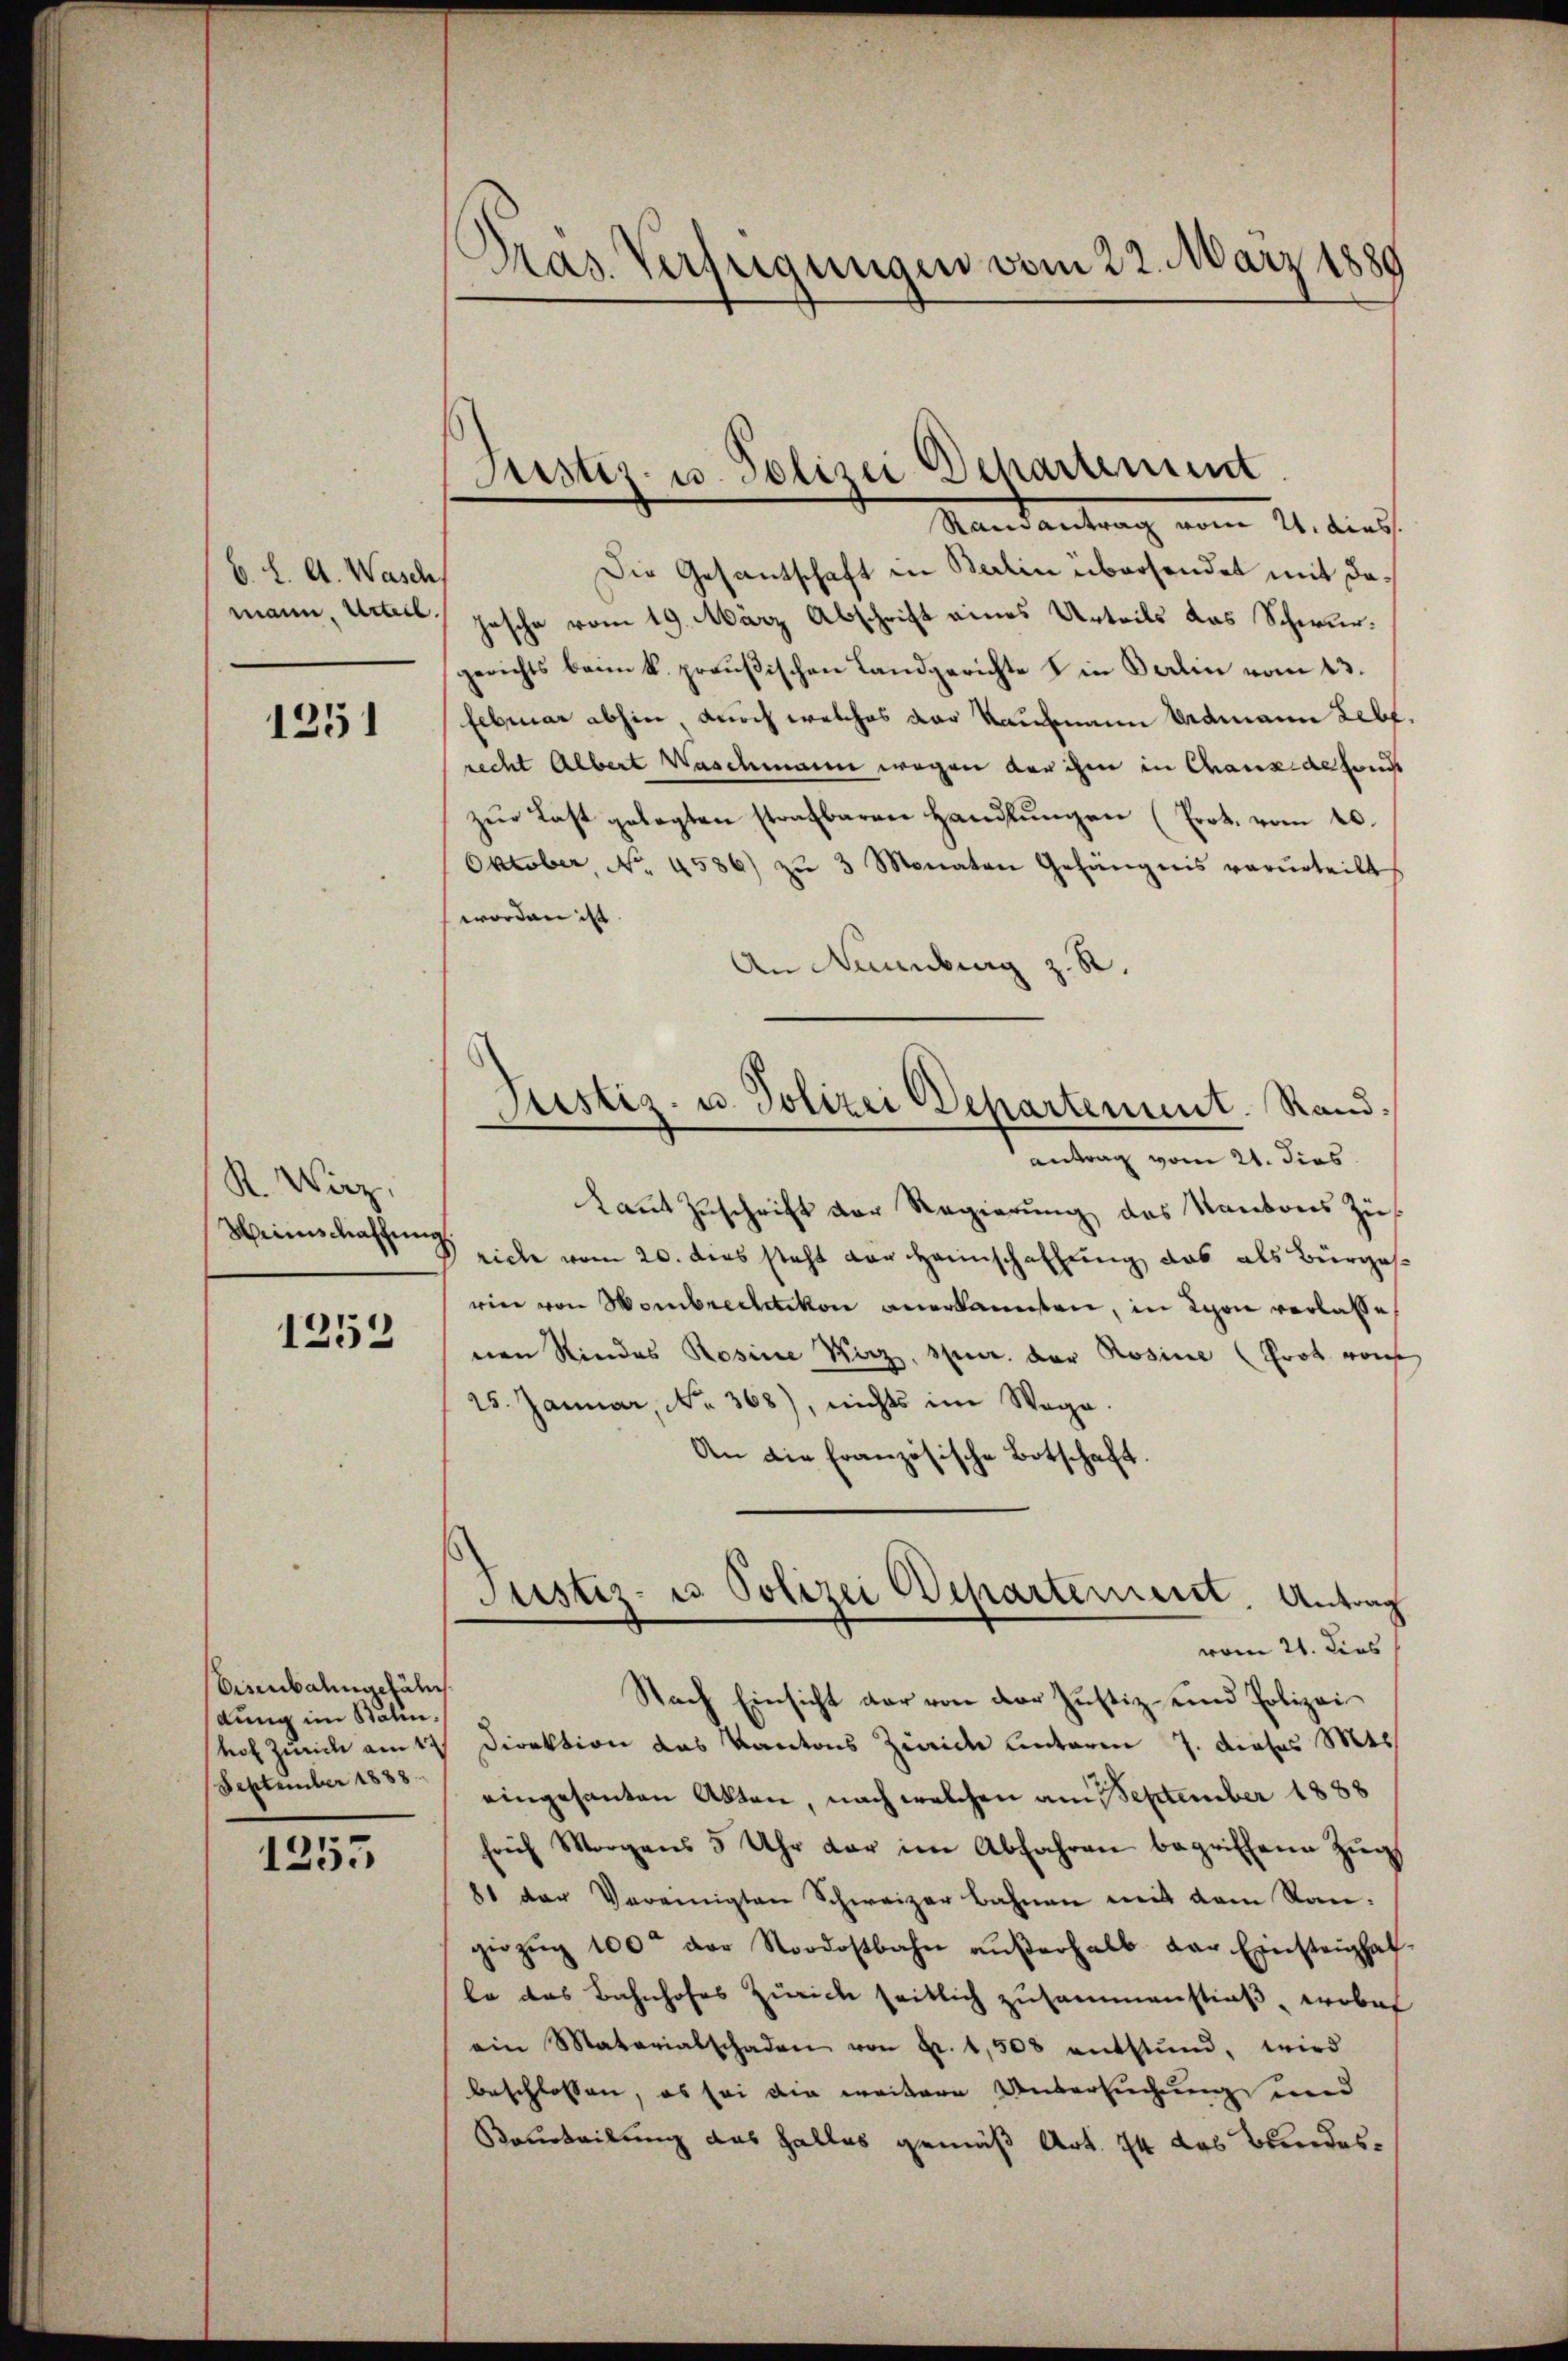
b. L. A. Wasch
mann. Urteil.

1251

R. Wirz,
Hinschaffung

1252

Eisenbalingefäh
dung im Balin.
September 1888.

1255

Pras Verfügungen vom 22. März 1889

Justiz- u. Polizei Departement
Randantrag vom 21. dies.

Justiz- u. Polizei Departement. Rand
antrag vom 21. dies

Die Gesantschaft in Berlin übersendet mit dahasche vom 19. März Abschrift eines Urteils das Schwurgerichts beim k. preußischen Landgerichte & in Berlin vom 13.
Februar abhin, durch welches der Kaufmann Erdmann Lebt.
recht Albert Waschmann wegen der ihm in Chausalhaus
zŭr Last gelegten strafbaren Handlŭngen (Prot. vom 10.
Oktober, No. 4586) zŭ 3 Monaten Gefängnis verurteilt
worden ist.
An Naumburg z. R.
kaṅt Zŭschrift vor Regierŭng des Kantons Zü
Prich vom 20. dies steht der Heinschaffung das als Bürgesrin von Hombrechtikon anerkannten, in Schon verlaße,
nen Rindes Rosine Kurz, spur. der Rosina (Grot von
15. Januar, No. 368), nichts im Wege
An die französische Botschaft.
Justiz- us Polizei Departement. Antrag
vom 21. dies
Nach Einsicht der von der Justiz- und Polizei
hof Zürich am 17. Direktion das Kantons Zürich Unterm 7. dieses St
eingesanten Akten, nach welchen am September 1888
früh Morgens 5 Uhr dar im Abfahren begriffene Zŭg
81 der Vereinigten Schweizer Bahnen mit dem Sangiezŭg 100 der Nordostbahn aŭβerhalb der Einsteighaf-
lo das Bahnhofes Zürich seitlich zusammenstieß, wobei
ein Materialschaden von Fr. 1,508 entstund, wird
beschlossen, es sei die weitere Untersuchung und
Vourteilung das Falles gemäß Art. 74 das Bundes¬